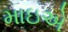
માઇએ